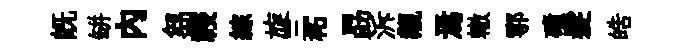
既缾内芻祲綜旋三柘勗泝覯焉轍鄠磧髮皓